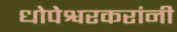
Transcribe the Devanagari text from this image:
धोपेश्वरकरांनी